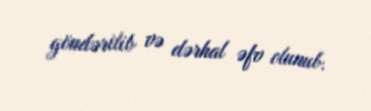
göndərilib və dərhal əfv olunub.